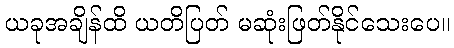
ယခုအချိန်ထိ ယတိပြတ် မဆုံးဖြတ်နိုင်သေးပေ။